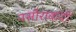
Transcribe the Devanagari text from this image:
नसीराबादी